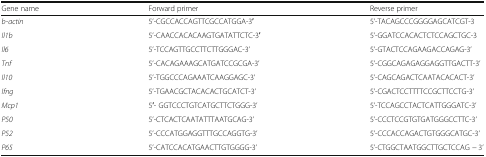
| Gene name | Forward primer | Reverse primer |
 | --- | --- | --- |
 | b-actin | 5’-CGCCACCAGTTCGCCATGGA-3′ | 5’-TACAGCCCGGGGAGCATCGT-3 |
 | Il1b | 5’-CAACCACACAAGTGATATTCTC-3′ | 5’-GGATCCACACTCTCCAGCTGC-3 |
 | Il6 | 5’-TCCAGTTGCCTTCTTGGGAC-3’ | 5’-GTACTCCAGAAGACCAGAG-3’ |
 | Tnf | 5’-CACAGAAAGCATGATCCGCGA-3’ | 5’-CGGCAGAGAGGAGGTTGACTT-3’ |
 | Il10 | 5’-TGGCCCAGAAATCAAGGAGC-3’ | 5’-CAGCAGACTCAATACACACT-3’ |
 | Ifng | 5’-TGAACGCTACACACTGCATCT-3’ | 5’-CGACTCCTTTTCCGCTTCCTG-3’ |
 | Mcp1 | 5′- GGTCCCTGTCATGCTTCTGGG-3’ | 5’-TCCAGCCTACTCATTGGGATC-3’ |
 | P50 | 5’-CTCACTCAATATTTAATGCAG-3’ | 5’-CCCTCCGTGTGATGGGCCTTC-3’ |
 | P52 | 5’-CCCATGGAGGTTTGCCAGGTG-3’ | 5’-CCCACCAGACTGTGGGCATGC-3’ |
 | P65 | 5’-CATCCACATGAACTTGTGGGG-3’ | 5’-CTGGCTAATGGCTTGCTCCAG − 3’ |